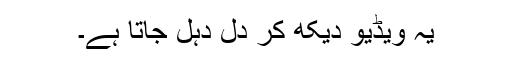
یہ ویڈیو دیکھ کر دل دہل جاتا ہے۔